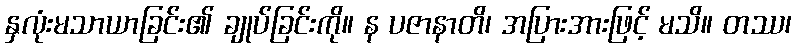
နှလုံးမသာယာခြင်း၏ ချုပ်ခြင်းကို။ န ပဇာနာတိ၊ အပြားအားဖြင့် မသိ။ တဿ၊